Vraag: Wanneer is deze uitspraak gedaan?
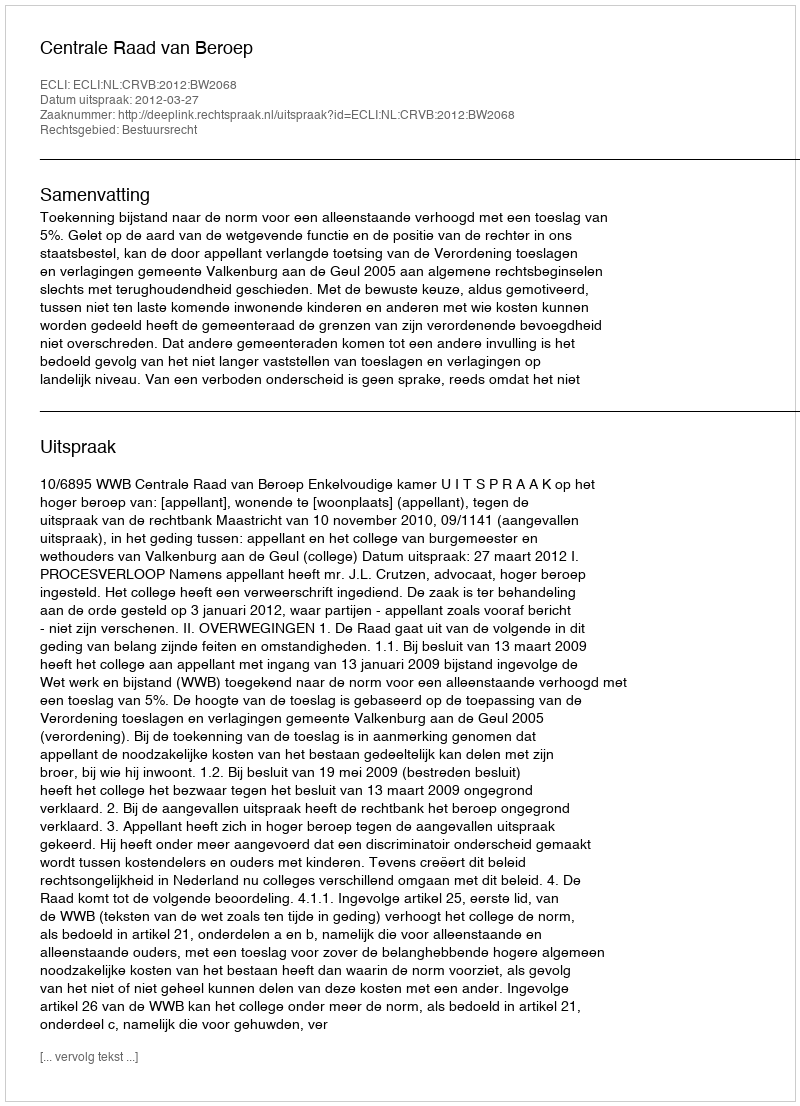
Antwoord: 2012-03-27